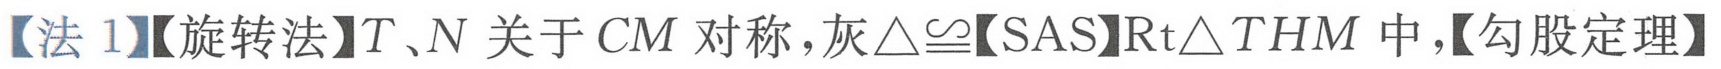
【法 1】【旋转法】\(T\)、\(N\) 关于 \(CM\) 对称，灰\(\triangle\cong\)【\(SAS\)】\(\text{Rt}\triangle THM\) 中，【勾股定理】